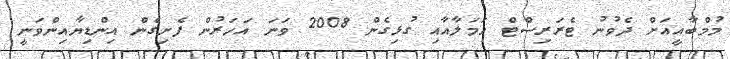
މުމްބާއީއަށް ދެވުނު ޓެރަރިސްޓް ހަމަލާއާއި ގުޅިގެން 2008 ވަނަ އަހަރުން ފެށިގެން އިންޑިޔާއިންވަނީ